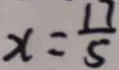
x = \frac { 1 7 } { 5 }